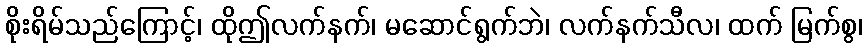
စိုးရိမ်သည်ကြောင့်၊ ထိုဤလက်နက်၊ မဆောင်ရွက်ဘဲ၊ လက်နက်သီလ၊ ထက် မြက်စွ၊